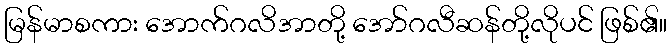
မြန်မာစကား အောက်ဂလိအာတို့ အော်ဂလီဆန်တို့လိုပင် ဖြစ်၏။